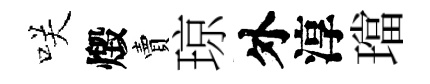
咲燬賣琼外淳璫